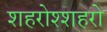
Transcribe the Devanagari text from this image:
शहरोश्शहरो